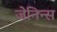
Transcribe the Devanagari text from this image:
जेनिन्स